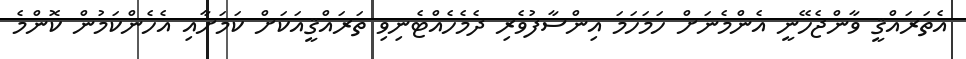
އެތަރައްޤީ ވާންޖެހޭނީ އެންމެނަށް ހަމަހަމަ އިންސާފުވެރި ދެމެހެއްޓެނިވި ތަރައްޤީއަކަށް ކަމަށާއި އެހެންކަމުން ކޮންމެ